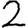
Digit: 2